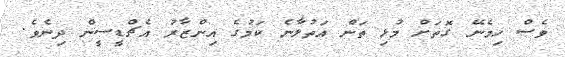
ވެސް ހިމެނޭ ގޮތަށް މުޅި ތަން އަތުލާނެ ކަމުގެ އިންޒާރު އެޗްޑީސީން ދިނެވެ.